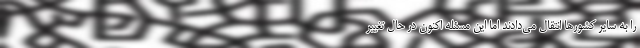
را به سایر کشورها انتقال می‌دادند اما این مسئله اکنون در حال تغییر